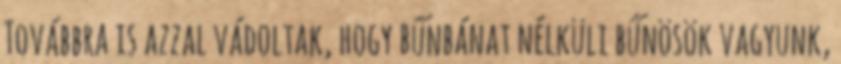
Továbbra is azzal vádoltak, hogy bűnbánat nélküli bűnösök vagyunk,